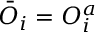
\bar { O } _ { i } = O _ { i } ^ { a }